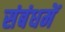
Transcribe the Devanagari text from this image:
संबंधमें